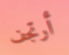
أرتجف